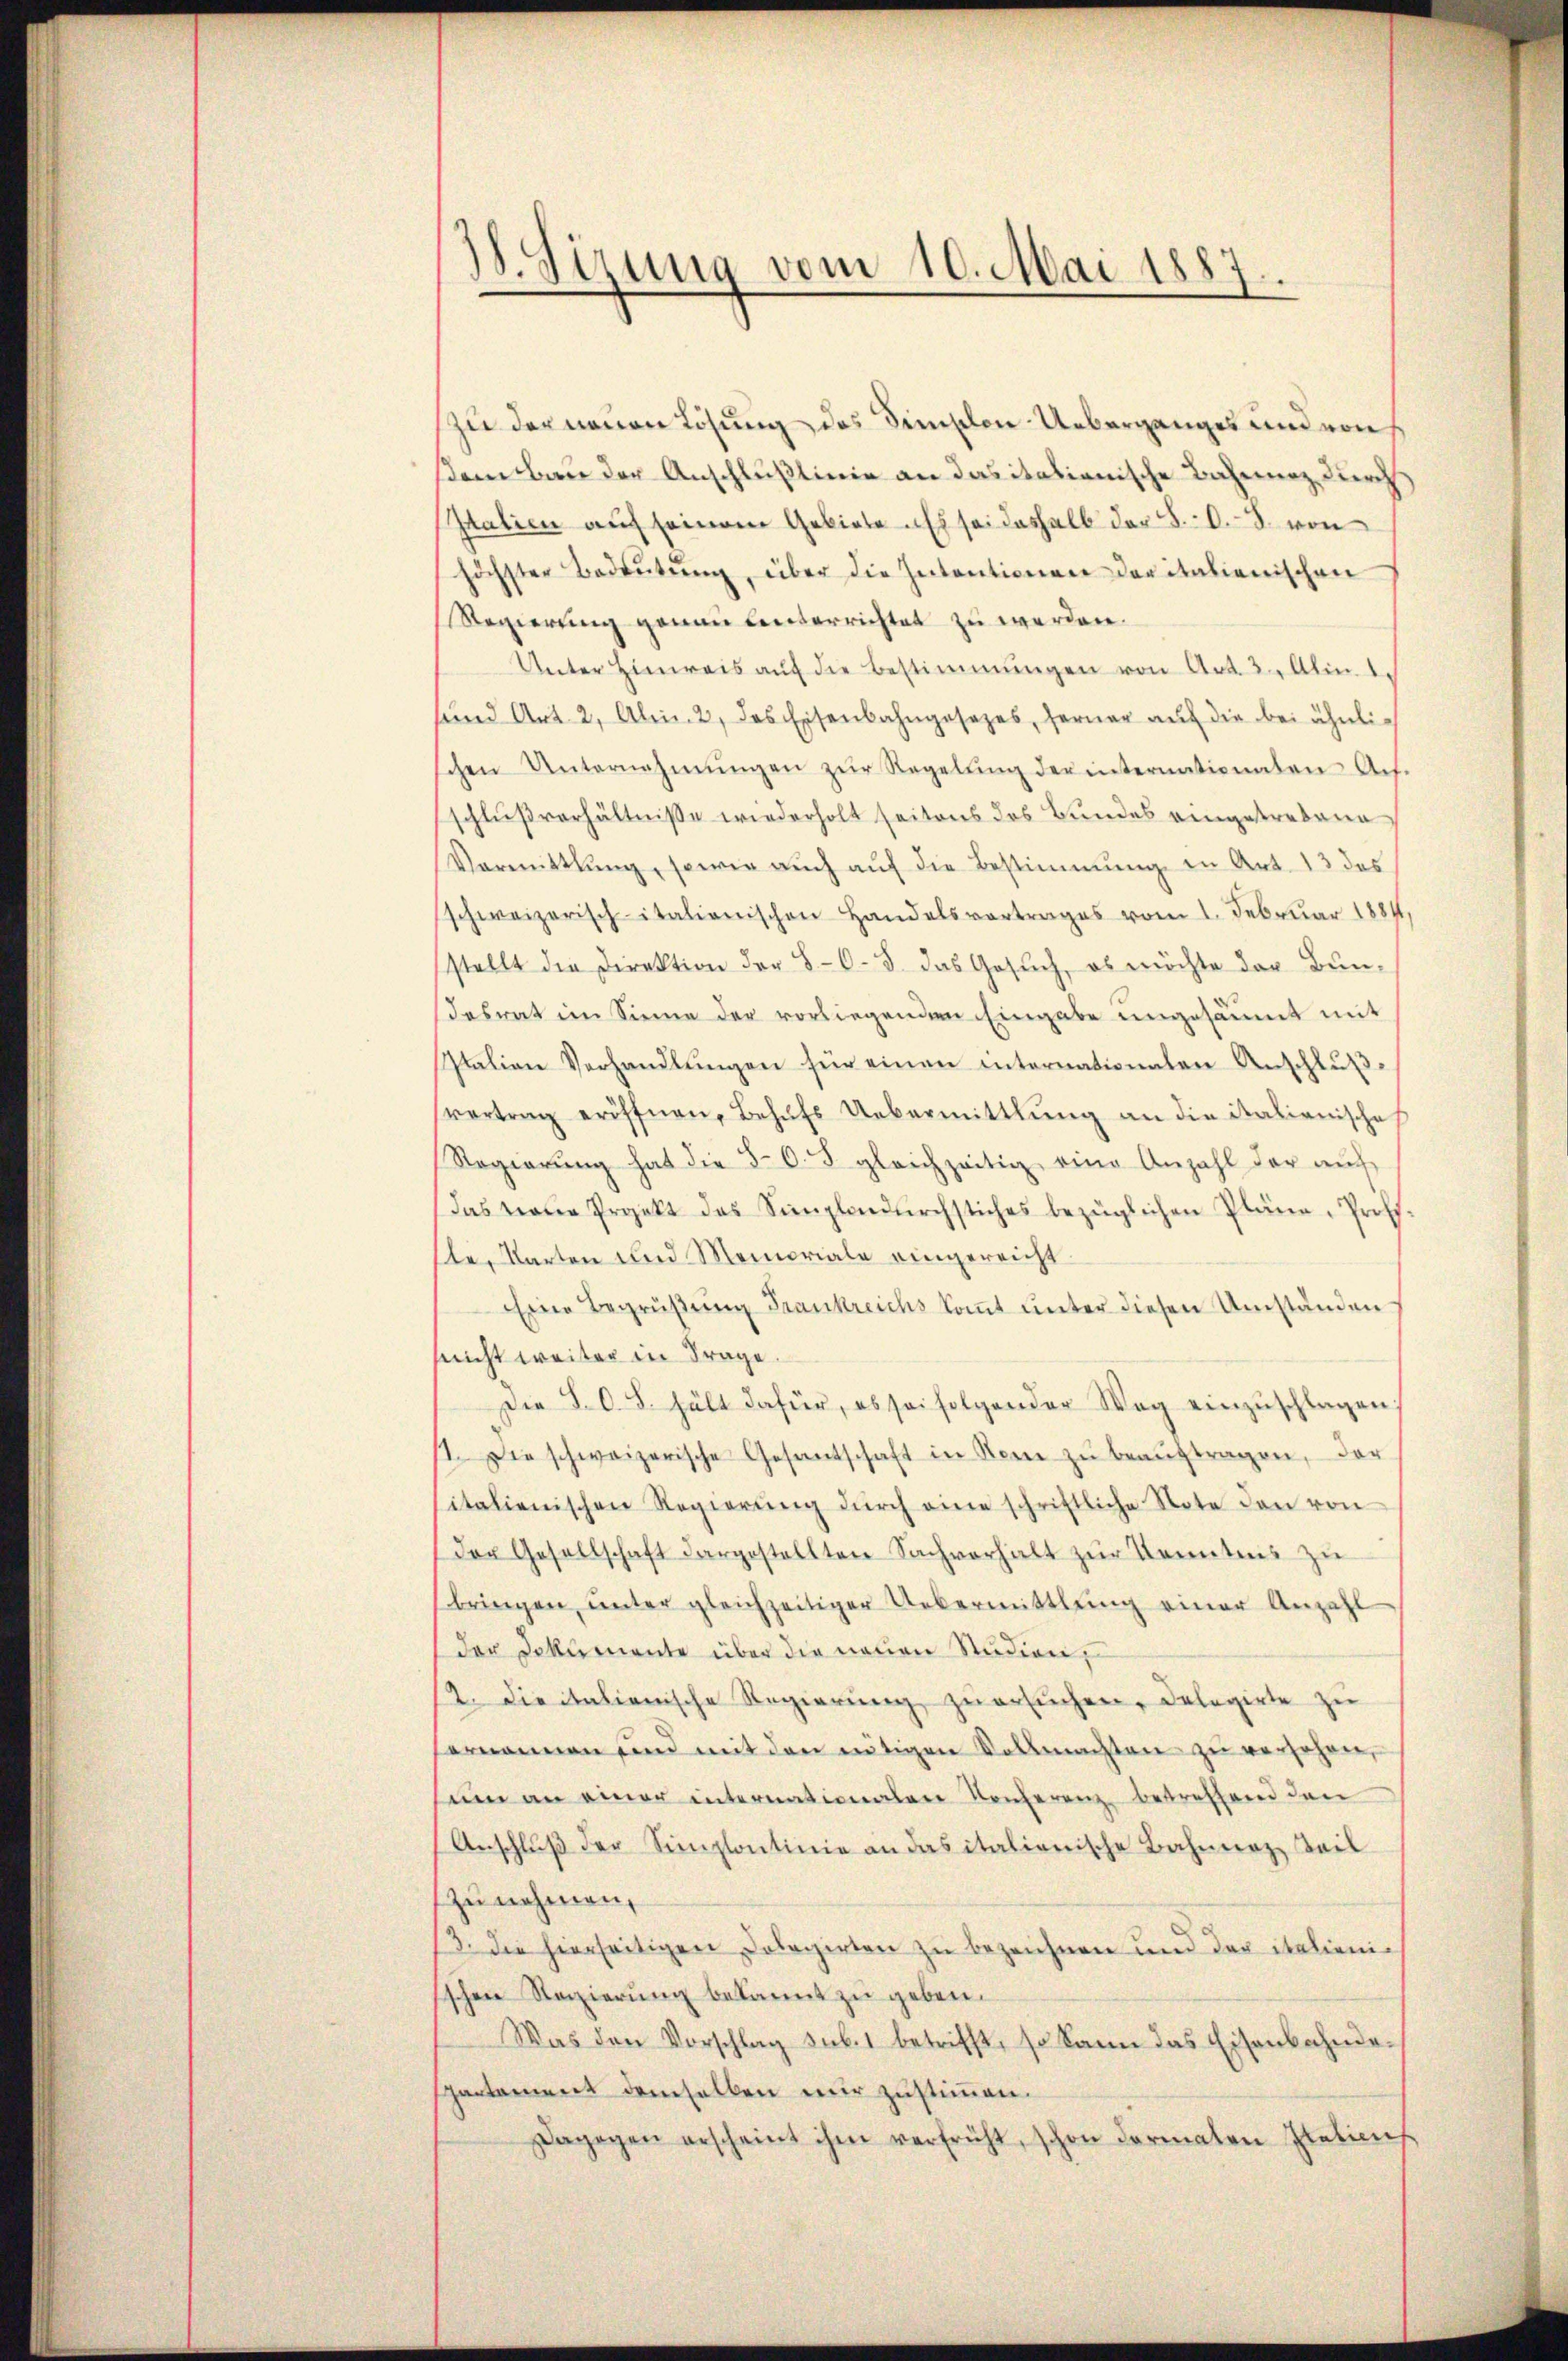
18. Sizung vom 10. Mai 1887.

zu der neuen Lösung des Simplon-Ueberganges und von
sem Bau der Anschlußlinie an das italionische Bahnung durch
Italien auf seinem Gebiete Es sei deshalb der S. O. S. von
höchster Bedeŭtŭng, über die Intentionen daritalienischen
Regierung genau unterrichtet zu werden.
Unter Hinweis aŭf die Bestimmungen von Art. 3. Alin. 1.
sund Art. 2, Al. 2, das Eisenbahngesezes, ferner auf die bei ähnlichen Unternehmungen zŭr Regelŭng der internationalen Ach-
schlußverhältnisse wiederholt seitens des Bundes eingestrebene
Vormittlung, sowie aŭch aŭf die Bestimmung in Art. 13 das
schweizerisch-italienischen Handelsvertrages vom 1. Februar 1881,
stellt die Direktion der 80. 8. das Gesuch, es möchte der Bundesrat im Sinne der vorliegenden Eingabe ungesäumt mit
talien Verhandlŭngen für einen internationalen Anschluß
vertrag eröffnen, Behufs Uebermittlung an die italienische
Regierŭng hat die 80. 8. gleichzeitig eine Anzahl der aŭf
das von Projekt das Simplondŭrchstiches bezüglichen Pläne. Prof.
sle, Karten und Memoriale eingereicht
Eine Begrüβŭng Frankreichs koṁt ŭnter diesen Umständen
snicht weiter in Frage.
Die S. O. S. hält dafür, es sei folgender Weg einzŭschlagen.
1. Die schweizerische Gesantschaft in Nein zŭ beaŭftragen, der
italienischen Regierŭng dŭrch eine schriftliche Note den von
Der Gesellschaft dargestellten Sachverhalt zŭr Kenntnis zŭ
bringen ŭnter gleichzeitiger Uebermittlung einer Anzah
der Dokumente über die neuen Studien,
12. Die italienische Regierung zu ersuchen, Delegirte zu
sernennen und mit den nötigen Vollmachten zŭ versehen,
sein an einer internationalen Konferenz betreffend den
Anschluß der Simplontinie an das italionische Bahneaz, Teil
zu nehmen,
3. Die hierseitigen Dolagirten zu bezeichnen und der italienischen Reizierung bekannt zu geben.
Was den Vorschlag sub. 1 betrifft, so kann das Eisenbahndespartement demselben mir zustimmen.
Dagegen erscheint ihm verfrüht, schon dermalen Italiens